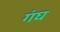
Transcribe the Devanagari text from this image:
गंघ